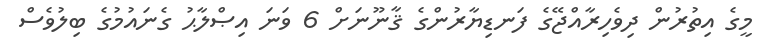
މީގެ އިތުރުން ދިވެހިރާއްޖޭގެ ފަނޑިޔާރުންގެ ޤާނޫނަށް 6 ވަނަ އިޞްލާޙު ގެނައުމުގެ ބިލުވެސް